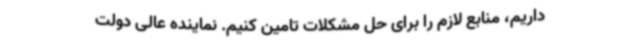
داریم، منابع لازم را برای حل مشکلات تامین کنیم. نماینده عالی دولت